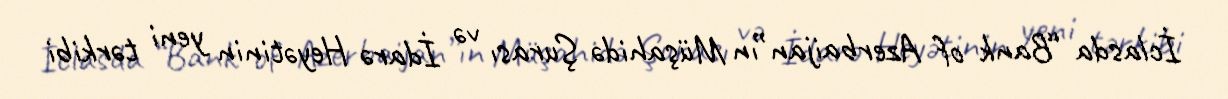
İclasda “Bank of Azerbaijan”ın Müşahidə Şurası və İdarə Heyətinin yeni tərkibi